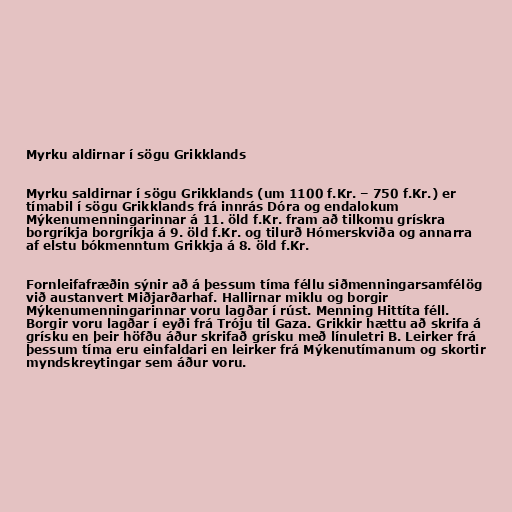
Myrku aldirnar í sögu Grikklands

Myrku saldirnar í sögu Grikklands (um 1100 f.Kr. – 750 f.Kr.) er
tímabil í sögu Grikklands frá innrás Dóra og endalokum
Mýkenumenningarinnar á 11. öld f.Kr. fram að tilkomu grískra
borgríkja borgríkja á 9. öld f.Kr. og tilurð Hómerskviða og annarra
af elstu bókmenntum Grikkja á 8. öld f.Kr.

Fornleifafræðin sýnir að á þessum tíma féllu siðmenningarsamfélög
við austanvert Miðjarðarhaf. Hallirnar miklu og borgir
Mýkenumenningarinnar voru lagðar í rúst. Menning Hittíta féll.
Borgir voru lagðar í eyði frá Tróju til Gaza. Grikkir hættu að skrifa á
grísku en þeir höfðu áður skrifað grísku með línuletri B. Leirker frá
þessum tíma eru einfaldari en leirker frá Mýkenutímanum og skortir
myndskreytingar sem áður voru.